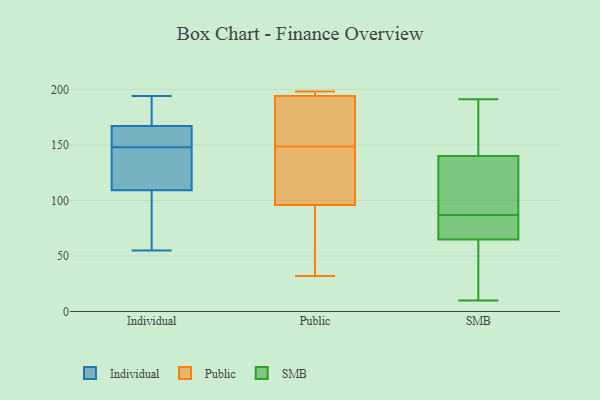
{"axis": {"x": "Customer Acquisition Cost (USD)", "y": "Value"}, "legend": ["Individual", "Public", "SMB"], "data": [{"x": "", "y": 153, "type": "Individual"}, {"x": "", "y": 161, "type": "Individual"}, {"x": "", "y": 104, "type": "Individual"}, {"x": "", "y": 169, "type": "Individual"}, {"x": "", "y": 59, "type": "Individual"}, {"x": "", "y": 179, "type": "Individual"}, {"x": "", "y": 129, "type": "Individual"}, {"x": "", "y": 125, "type": "Individual"}, {"x": "", "y": 55, "type": "Individual"}, {"x": "", "y": 194, "type": "Individual"}, {"x": "", "y": 148, "type": "Individual"}, {"x": "", "y": 96, "type": "Public"}, {"x": "", "y": 32, "type": "Public"}, {"x": "", "y": 196, "type": "Public"}, {"x": "", "y": 194, "type": "Public"}, {"x": "", "y": 122, "type": "Public"}, {"x": "", "y": 198, "type": "Public"}, {"x": "", "y": 88, "type": "Public"}, {"x": "", "y": 151, "type": "Public"}, {"x": "", "y": 146, "type": "Public"}, {"x": "", "y": 184, "type": "Public"}, {"x": "", "y": 160, "type": "SMB"}, {"x": "", "y": 68, "type": "SMB"}, {"x": "", "y": 42, "type": "SMB"}, {"x": "", "y": 146, "type": "SMB"}, {"x": "", "y": 129, "type": "SMB"}, {"x": "", "y": 87, "type": "SMB"}, {"x": "", "y": 79, "type": "SMB"}, {"x": "", "y": 67, "type": "SMB"}, {"x": "", "y": 191, "type": "SMB"}, {"x": "", "y": 106, "type": "SMB"}, {"x": "", "y": 10, "type": "SMB"}, {"x": "", "y": 138, "type": "SMB"}, {"x": "", "y": 58, "type": "SMB"}]}